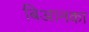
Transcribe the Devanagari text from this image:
बिआनका